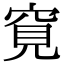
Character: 𥦀